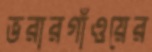
ভরারগাঁওয়ের